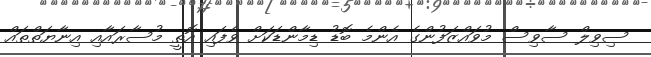
ސިވިލް ސާވިސް މުވައްޒަފުންގެ އެންމެ ބޮޑު ޑިމާންޑަކަށް ވެފައި އޮތީ މުސާރައާއި އިނާޔަތްތައް